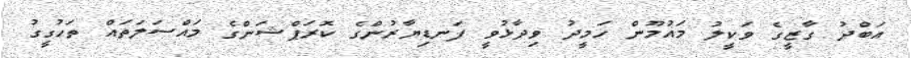
އަބްދު ގާޒީގެ ވަކީލު މައުމޫން ހަމީދު ވިދާޅުވީ ފަނޑިޔާރުންގެ ކޮރަޕްޝަންގެ މައްސަލަތައް ތަހުގީގު